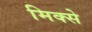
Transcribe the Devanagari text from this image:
मिक्से